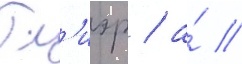
Гл'иэр / а́ //